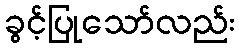
ခွင့်ပြုသော်လည်း